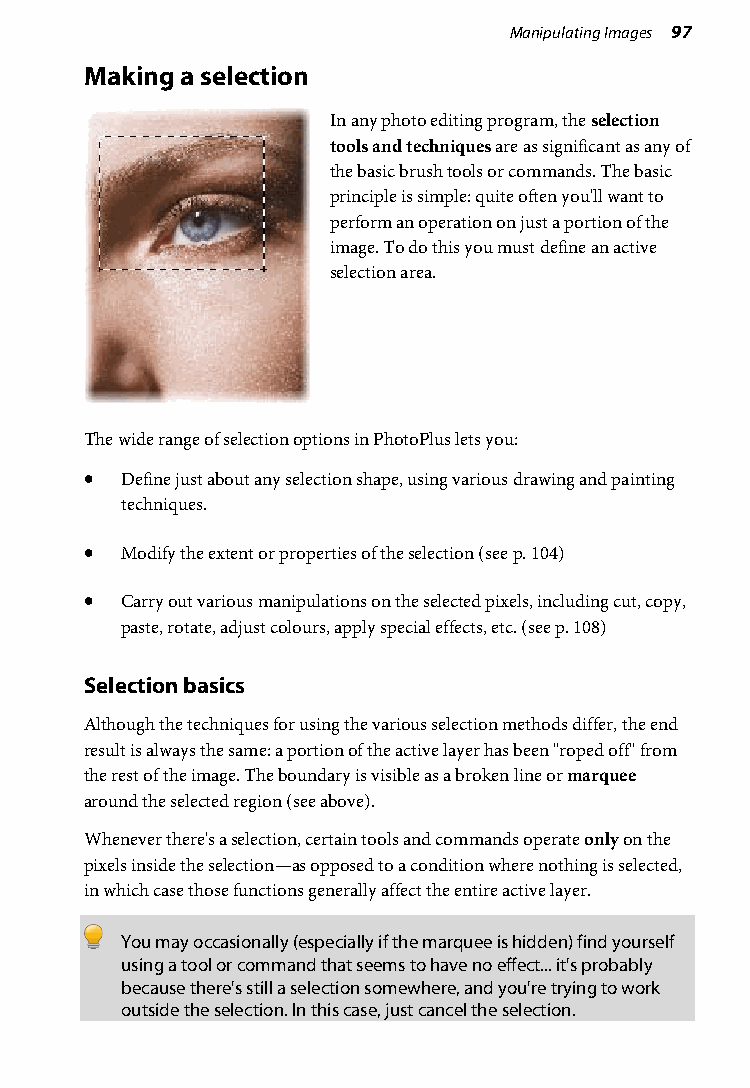
Manipulating Images 97
 Making a selection
 In any photo editing program, the selection
 tools and techniques are as significant as any of
 the basic brush tools or commands. The basic
 principle is simple: quite often you'll want to
 perform an operation on just a portion of the
 image. To do this you must define an active
 selection area.
 The wide range of selection options in PhotoPlus lets you:
 • Define just about any selection shape, using various drawing and painting
 techniques.
 • Modify the extent or properties of the selection (see p. 104)
 • Carry out various manipulations on the selected pixels, including cut, copy,
 paste, rotate, adjust colours, apply special effects, etc. (see p. 108)
 Selection basics
 Although the techniques for using the various selection methods differ, the end
 result is always the same: a portion of the active layer has been "roped off" from
 the rest of the image. The boundary is visible as a broken line or marquee
 around the selected region (see above).
 Whenever there's a selection, certain tools and commands operate only on the
 pixels inside the selection—as opposed to a condition where nothing is selected,
 in which case those functions generally affect the entire active layer.
 You may occasionally (especially if the marquee is hidden) find yourself
 using a tool or command that seems to have no effect... it's probably
 because there's still a selection somewhere, and you're trying to work
 outside the selection. In this case, just cancel the selection.